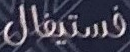
فستيفال